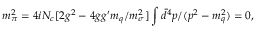
m _ { \pi } ^ { 2 } = 4 i N _ { c } [ 2 g ^ { 2 } - 4 g g ^ { \prime } m _ { q } / m _ { \sigma } ^ { 2 } ] \int \bar { d } ^ { 4 } p / ( p ^ { 2 } - m _ { q } ^ { 2 } ) = 0 ,